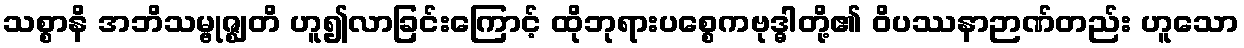
သစ္စာနိ အဘိသမ္ဗုဇ္ဈတိ ဟူ၍လာခြင်းကြောင့် ထိုဘုရားပစ္စေကဗုဒ္ဓါတို့၏ ဝိပဿနာဉာဏ်တည်း ဟူသော